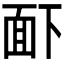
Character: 𮧉